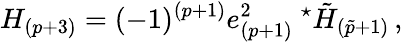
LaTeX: H_{(p+3)}=(-1)^{(p+1)}e_{(p+1)}^{2}\ {}^{\star}\tilde{H}_{(\tilde{p}+1)}\, ,